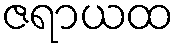
ဇရာယထ